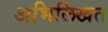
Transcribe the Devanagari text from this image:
अभिलिखत